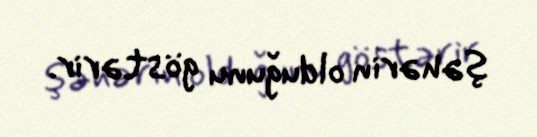
şəhərin olduğunu göstərir.